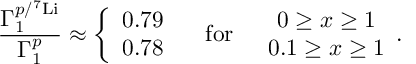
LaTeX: \frac { \Gamma _ { 1 } ^ { p / ^ { 7 } \mathrm { L i } } } { \Gamma _ { 1 } ^ { p } } \approx \left\{ \begin{array} { c } { { 0 . 7 9 } } \\ { { 0 . 7 8 } } \end{array} \right. \quad \mathrm { f o r } \quad \begin{array} { c } { { 0 \ge x \ge 1 } } \\ { { 0 . 1 \ge x \ge 1 } } \end{array} .